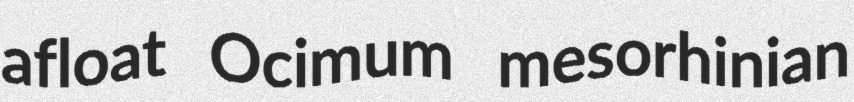
afloat Ocimum mesorhinian